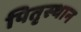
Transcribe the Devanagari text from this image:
पितृस्थान